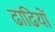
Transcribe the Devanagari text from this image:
ढाढियों